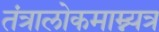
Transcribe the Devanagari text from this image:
तंत्रालोकमाम्न्यत्र